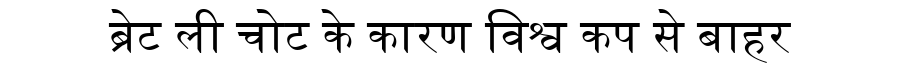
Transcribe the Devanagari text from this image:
ब्रेट ली चोट के कारण विश्व कप से बाहर